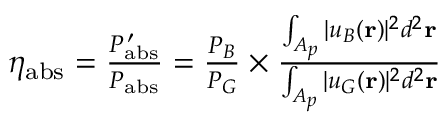
\begin{array} { r } { \eta _ { \mathrm { a b s } } = \frac { P _ { \mathrm { a b s } } ^ { \, \prime } } { P _ { \mathrm { a b s } } } = \frac { P _ { B } } { P _ { G } } \times \frac { \int _ { A _ { p } } \vert u _ { B } ( \mathbf { r } ) \vert ^ { 2 } d ^ { 2 } \mathbf { r } } { \int _ { A _ { p } } \vert u _ { G } ( \mathbf { r } ) \vert ^ { 2 } d ^ { 2 } \mathbf { r } } } \end{array}